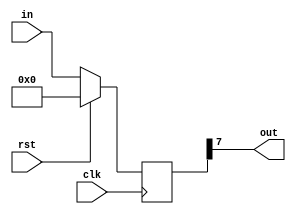
module right_shiftReg(in,out,clk,rst);
  input clk,rst;
  input [7:0]in;
  output out;
  reg [7:0]temp;
  always @(posedge clk)
    begin
      if(rst)
        temp <= 8'b0;
      else
        temp <= {temp[6:0],in};
    end
  assign out = temp[7];
endmodule